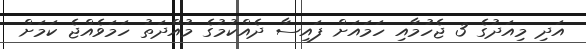
އަދި މިއަދުގެ 3 ޖެހުމާއި ހަމައަށް ފައިސާ ދެއްކުމުގެ މުއްދަތު ހަމަވެއްޖެ ކަމަށް